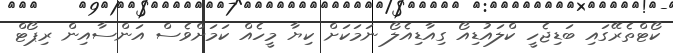
ކޯޓްތެރޭގައި ބަޑިޖެހީ ކްލައުޑިއޯ ގިއާޑިއެލޯ ނަމަކަށް ކިޔާ މީހެއް ކަމަށްވެސް އަންސާއިން ރިޕޯޓް